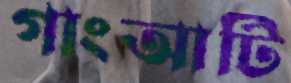
গাংআটি